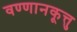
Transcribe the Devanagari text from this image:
वण्णानकूत्तु